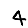
Digit: 4